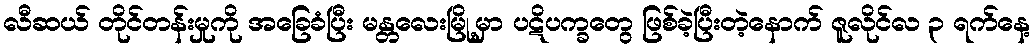
လီဆယ် တိုင်တန်းမှုကို အခြေခံပြီး မန္တလေးမြို့မှာ ပဋိပက္ခတွေ ဖြစ်ခဲ့ပြီးတဲ့နောက် ဇူလိုင်လ ၃ ရက်နေ့